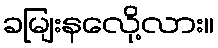
ခမျြးနလေို့လား။